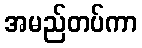
အမည်တပ်ကာ